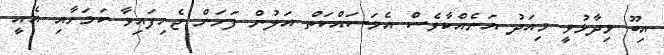
އިބޫ ވިދާޅުވީ މިއަދު އަނެއްކާވެސް އެމަސައްކަތް އަލުން ފަށަން ޖެހިފައިވާ ކަމަށާއި އެއީ